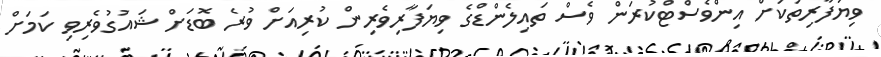
ވިޔަފާރިތަކަށް އިންވެސްޓްކުރަން ވެސް ތައިލެންޑްގެ ވިޔަފާރިވެރިން ކުރިއަށް ވުރެ ބޮޑަށް ޝައުގުވެރިވި ކަމަށް